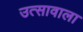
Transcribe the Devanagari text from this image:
उत्सावाला